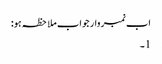
اب نمبر وار جواب ملاحظہ ہو:
1۔